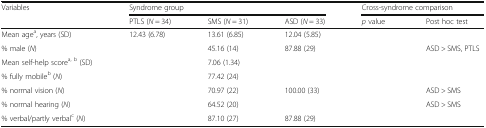
<table><thead><tr><td rowspan="2"><b>Variables</b></td><td colspan="3"><b>Syndrome group</b></td><td colspan="2"><b>Cross-syndrome comparison</b></td></tr><tr><td><b>PTLS (<i>N</i> = 34)</b></td><td><b>SMS (<i>N</i> = 31)</b></td><td><b>ASD (<i>N</i> = 33)</b></td><td><b><i>p</i> value</b></td><td><b>Post hoc test</b></td></tr></thead><tbody><tr><td>Mean age<sup>a</sup>, years (SD)</td><td>12.43 (6.78)</td><td>13.61 (6.85)</td><td>12.04 (5.85)</td><td>[EMPTY_CELL]</td><td>[EMPTY_CELL]</td></tr><tr><td>% male (<i>N</i>)</td><td>[EMPTY_CELL]</td><td>45.16 (14)</td><td>87.88 (29)</td><td>[EMPTY_CELL]</td><td>ASD &gt; SMS, PTLS</td></tr><tr><td>Mean self-help score<sup>a, b</sup> (SD)</td><td>[EMPTY_CELL]</td><td>7.06 (1.34)</td><td>[EMPTY_CELL]</td><td>[EMPTY_CELL]</td><td>[EMPTY_CELL]</td></tr><tr><td>% fully mobile<sup>b</sup> (<i>N</i>)</td><td>[EMPTY_CELL]</td><td>77.42 (24)</td><td>[EMPTY_CELL]</td><td>[EMPTY_CELL]</td><td>[EMPTY_CELL]</td></tr><tr><td>% normal vision (<i>N</i>)</td><td>[EMPTY_CELL]</td><td>70.97 (22)</td><td>100.00 (33)</td><td>[EMPTY_CELL]</td><td>ASD &gt; SMS</td></tr><tr><td>% normal hearing (<i>N</i>)</td><td>[EMPTY_CELL]</td><td>64.52 (20)</td><td>[EMPTY_CELL]</td><td>[EMPTY_CELL]</td><td>ASD &gt; SMS</td></tr><tr><td>% verbal/partly verbal<sup>c</sup> (<i>N</i>)</td><td>[EMPTY_CELL]</td><td>87.10 (27)</td><td>87.88 (29)</td><td>[EMPTY_CELL]</td><td>[EMPTY_CELL]</td></tr></tbody></table>